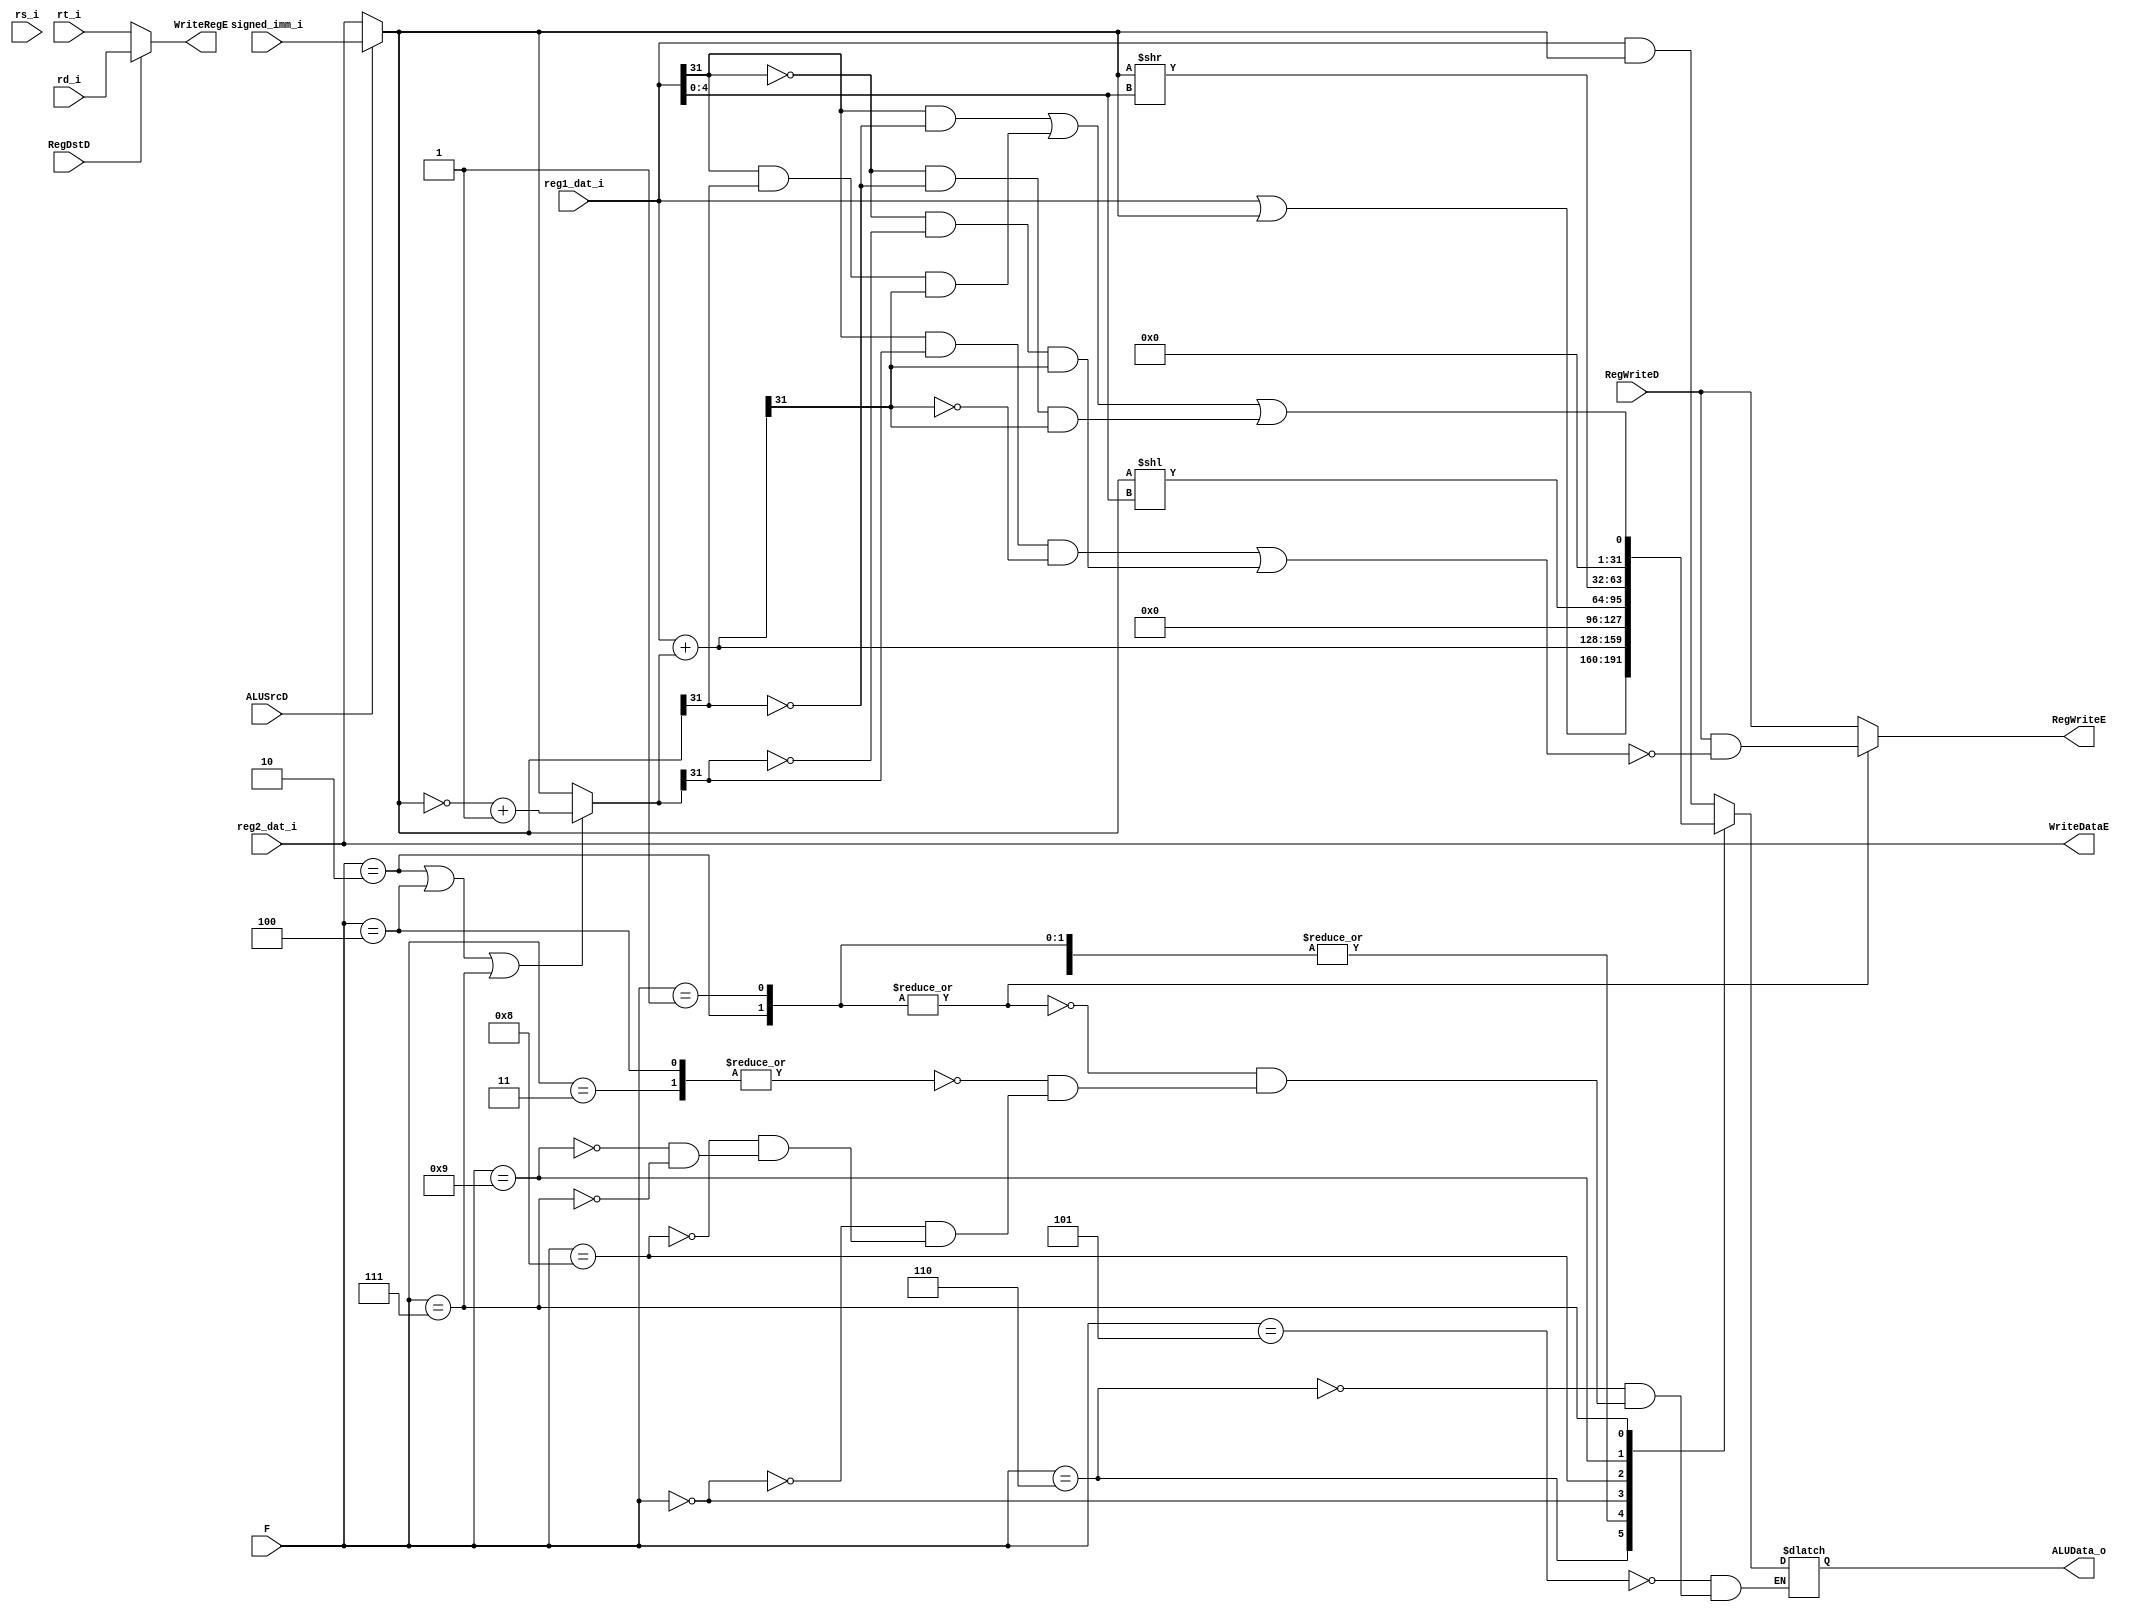
module ex(
    //input 
    RegWriteD,
    F,
    ALUSrcD,
    RegDstD,
    reg1_dat_i,
    reg2_dat_i,
    signed_imm_i,
    rs_i,
    rt_i,
    rd_i,
    //output
    RegWriteE,
    ALUData_o,
    WriteDataE,
    WriteRegE
);

parameter ADD_OP = 4'h1, SUB_OP = 4'h2, ADDU_OP = 4'h3, SUBU_OP = 4'h4,
          AND_OP = 4'h5, OR_OP  = 4'h6, SLT_OP  = 4'h7, SLLV_OP = 4'h8,
          SRLV_OP = 4'h9, NOP_OP = 4'h0;

//input 
input RegWriteD;
input [3:0] F;
input ALUSrcD;
input RegDstD;
input [31:0] reg1_dat_i;
input [31:0] reg2_dat_i;
input [31:0] signed_imm_i;
input [4:0] rs_i;
input [4:0] rt_i;
input [4:0] rd_i;
//output
output reg RegWriteE;
output reg [31:0] ALUData_o;
output [31:0] WriteDataE;
output [4:0] WriteRegE;

wire [31:0] SrcA;
wire [31:0] SrcB;
wire [31:0] SrcB_mux;
wire [31:0] sum_tmp;
wire ov_sum;
wire srcA_lt_srcB;

assign SrcA = reg1_dat_i;

assign SrcB = (ALUSrcD == 1'b0) ? reg2_dat_i : signed_imm_i;

assign SrcB_mux = ((F == SUB_OP) || (F == SUBU_OP) || (F == SLT_OP)) ? 
                  (~SrcB + 32'b1) : SrcB;
                  
assign sum_tmp = SrcA + SrcB_mux;

assign ov_sum = (SrcA[31] && SrcB_mux[31] && !sum_tmp[31]) ||
                (!SrcA[31] && !SrcB_mux[31] && sum_tmp[31]);

assign srcA_lt_srcB = (SrcA[31] && !SrcB[31]) || 
                      (SrcA[31] && SrcB[31] && sum_tmp[31]) ||
                      (!SrcA[31] && !SrcB[31] && sum_tmp[31]);

assign WriteDataE = reg2_dat_i;
assign WriteRegE = (RegDstD == 1'b0) ? rt_i : rd_i;

always@(*) begin
  RegWriteE <= RegWriteD;
  case(F)
    AND_OP: begin
      ALUData_o <= SrcA & SrcB;
    end
    OR_OP: begin
      ALUData_o <= SrcA | SrcB;
    end
    ADD_OP,SUB_OP: begin
      ALUData_o <= sum_tmp;
      RegWriteE <= RegWriteD && (!ov_sum);
    end
    ADDU_OP,SUBU_OP: begin
      ALUData_o <= sum_tmp;
    end
    NOP_OP: begin           //take case
      ALUData_o <= 32'h0;
    end
    SLLV_OP: begin
      ALUData_o <= SrcB << SrcA[4:0];
    end
    SRLV_OP: begin
      ALUData_o <= SrcB >> SrcA[4:0];
    end
    SLT_OP: begin
      ALUData_o <= srcA_lt_srcB;
    end
  endcase
end

endmodule